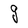
Character: g